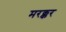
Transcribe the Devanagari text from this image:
मरक्कर